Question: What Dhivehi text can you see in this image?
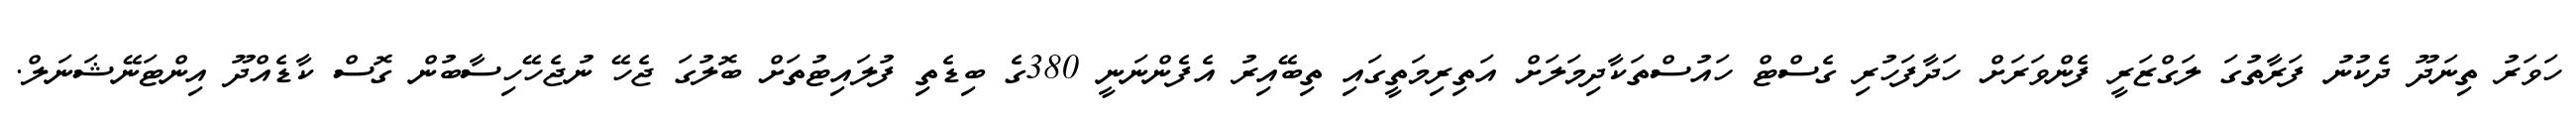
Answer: ހަވަރު ތިނަދޫ ދެކުނު ފަރާތުގަ ލަގްޒަރީ ފެންވަރަށް ހަދާފަހުރި ގެސްޓް ހައުސްތަކާދިމަލަށް އަތިރިމަތީގައި ތިބޭއިރު އެފެންނަނީ 380ގެ ބިޑެތި ފުލައިޓުތަށް ބޮލުގަ ޖެހޭ ނުޖެހޭހިސާބުން ގޮސް ކާޑެއްދޫ އިންޓަނޭޝަނަލް.